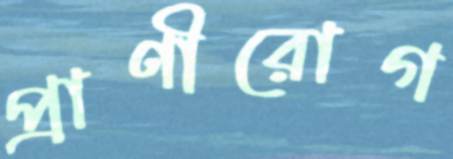
প্রাণীরোগ